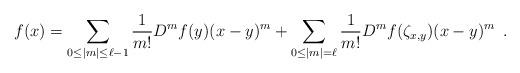
LaTeX: \begin{align*} f(x) = \sum_{0\le |m|\leq \ell -1} \frac{1}{m!}D^{m}f(y)(x-y)^{m} + \sum_{0\le |m| = \ell} \frac{1}{m!}D^{m}f(\zeta_{x,y})(x-y)^{m}\enspace.\end{align*}